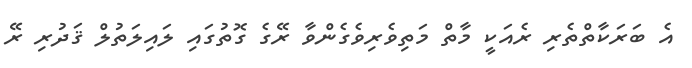
އެ ބަރަކާތްތެރި ރެއަކީ މާތް މަތިވެރިވެގެންވާ ރޭގެ ގޮތުގައި ލައިލަތުލް ޤަދުރި ރޭ